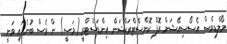
މޯލްޑިވްސް އެސޯސިއޭޝަން އޮފް ކޮންސްޓްރަކްޝަން އިންޑަސްޓްރީ (މަސީ) ން ވެސް ބުނެފައި ވަނީ